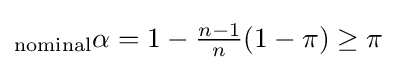
{_{\text{nominal}}\alpha }=1-{\tfrac {n-1}{n}}(1-\pi )\geq \pi